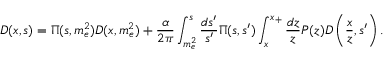
D ( x , s ) = \Pi ( s , m _ { e } ^ { 2 } ) D ( x , m _ { e } ^ { 2 } ) + { \frac { \alpha } { 2 \pi } } \int _ { m _ { e } ^ { 2 } } ^ { s } { \frac { d s ^ { \prime } } { s ^ { \prime } } } \Pi ( s , s ^ { \prime } ) \int _ { x } ^ { x _ { + } } { \frac { d z } { z } } P ( z ) D \left( { \frac { x } { z } } , s ^ { \prime } \right) .